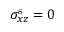
\sigma _ { x z } ^ { \mathrm { s } } = 0